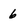
Character: 6